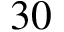
3 0